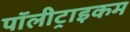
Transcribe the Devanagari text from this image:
पॉलीट्राइकम